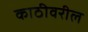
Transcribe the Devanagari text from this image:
काठीवरील